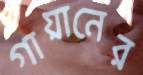
গায়ানের